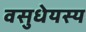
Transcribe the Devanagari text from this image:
वसुधेयस्य